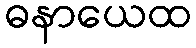
ဓနာယေထ